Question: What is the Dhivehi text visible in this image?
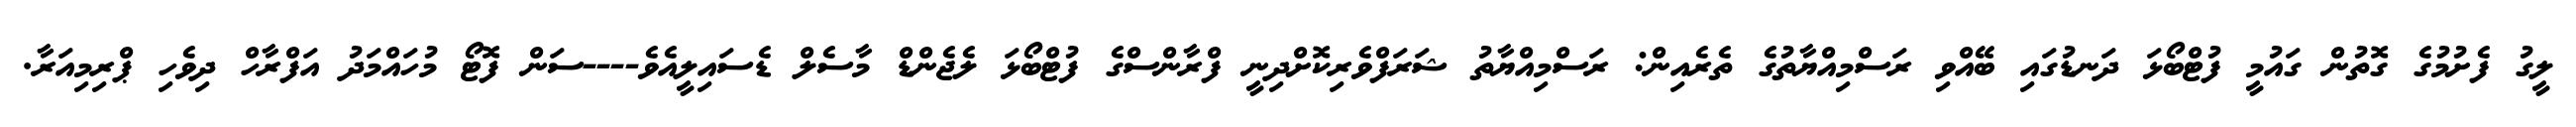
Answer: ލީގު ފެށުމުގެ ގޮތުން ގައުމީ ފުޓްބޯޅަ ދަނޑުގައި ބޭއްވި ރަސްމިއްޔާތުގެ ތެރެއިން: ރަސްމިއްޔާތު ޝަރަފްވެރިކޮށްދިނީ ފްރާންސްގެ ފުޓްބޯޅަ ލެޖެންޑް މާސެލް ޑެސައިލީއެވެ----ސަން ފޮޓޯ މުހައްމަދު އަފްރާހް ދިވެހި ޕްރިމިއަރާ.